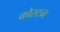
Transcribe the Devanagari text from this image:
कोस्टन